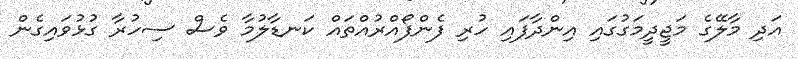
އަދި މާލޭގެ މަޖީދީމަގުގައި އިންދާފައި ހުރި ފެންފޯއްރުއްތައް ކަނޑާލުމާ ވެސް ސިހުރާ ގުޅުވައިގެން